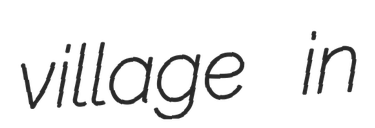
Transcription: village in